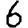
Digit: 6